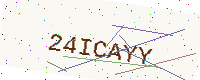
Text: 24ICAYY